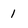
Character: 1